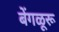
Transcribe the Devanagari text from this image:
बेंगळूरू